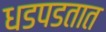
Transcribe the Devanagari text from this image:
धडपडतात